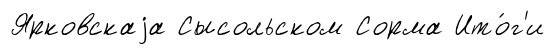
Ярковскаjа Сысольском Сорма Ито́г'и